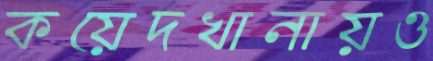
কয়েদখানায়ও